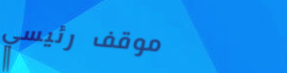
موقف رئيسي